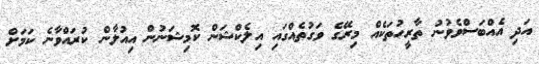
އަދި އެއްބަސްވެވުނު ތާރީހުތަކެއް މިރޭގެ ވަގުތެއްގައި އިލެކްޝަން ކޮމިޝަނުން އިއުލާން ކުރައްވާނެ ކަމަށް